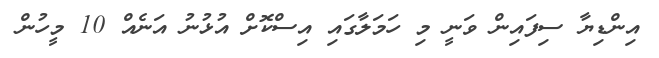
އިންޑިޔާ ސިފައިން ވަނީ މި ހަމަލާގައި އިސްކޮށް އުޅުނު އަނެއް 10 މީހުން